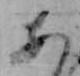
あ